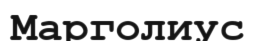
Марголиус